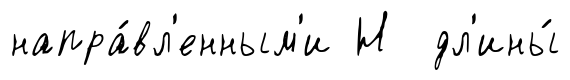
напра́вл'енным'и Н дл'ины́